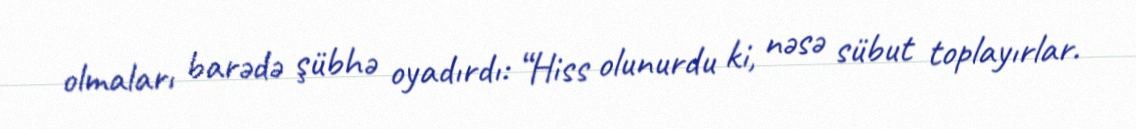
olmaları barədə şübhə oyadırdı: “Hiss olunurdu ki, nəsə sübut toplayırlar.